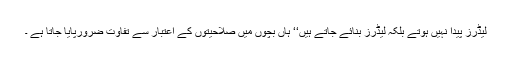
لیڈرز پیدا نہیں ہوتے بلکہ لیڈرز بنائے جاتے ہیں‘‘ ہاں بچوں میں صلاحیتوں کے اعتبار سے تفاوت ضرورپایا جاتا ہے ۔